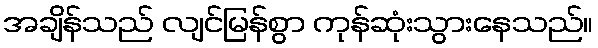
အချိန်သည် လျင်မြန်စွာ ကုန်ဆုံးသွားနေသည်။